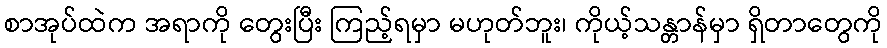
စာအုပ်ထဲက အရာကို တွေးပြီး ကြည့်ရမှာ မဟုတ်ဘူး၊ ကိုယ့်သန္တာန်မှာ ရှိတာတွေကို